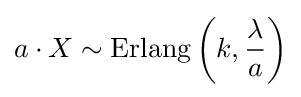
a\cdot X\sim \operatorname {Erlang} \left(k,{\frac {\lambda }{a}}\right)